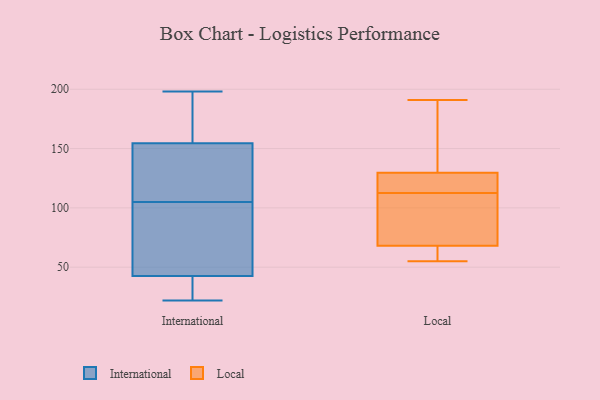
{"axis": {"x": "Backlog", "y": "Value"}, "legend": ["International", "Local"], "data": [{"x": "", "y": 93, "type": "International"}, {"x": "", "y": 184, "type": "International"}, {"x": "", "y": 79, "type": "International"}, {"x": "", "y": 126, "type": "International"}, {"x": "", "y": 41, "type": "International"}, {"x": "", "y": 171, "type": "International"}, {"x": "", "y": 105, "type": "International"}, {"x": "", "y": 149, "type": "International"}, {"x": "", "y": 137, "type": "International"}, {"x": "", "y": 22, "type": "International"}, {"x": "", "y": 198, "type": "International"}, {"x": "", "y": 28, "type": "International"}, {"x": "", "y": 43, "type": "International"}, {"x": "", "y": 89, "type": "Local"}, {"x": "", "y": 115, "type": "Local"}, {"x": "", "y": 176, "type": "Local"}, {"x": "", "y": 57, "type": "Local"}, {"x": "", "y": 119, "type": "Local"}, {"x": "", "y": 110, "type": "Local"}, {"x": "", "y": 61, "type": "Local"}, {"x": "", "y": 55, "type": "Local"}, {"x": "", "y": 122, "type": "Local"}, {"x": "", "y": 75, "type": "Local"}, {"x": "", "y": 137, "type": "Local"}, {"x": "", "y": 191, "type": "Local"}]}